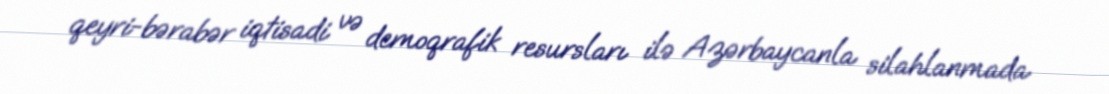
qeyri-bərabər iqtisadi və demoqrafik resursları ilə Azərbaycanla silahlanmada